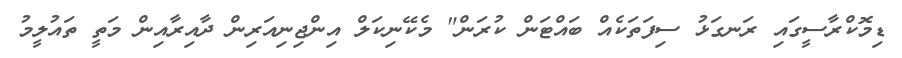
ޑިމޮކްރާސީގައި ރަނގަޅު ސިފަތަކެއް ބައްޓަން ކުރަން" މެކޭނިކަލް އިންޖިނިއަރިން ދާއިރާއިން މަތީ ތައުލީމު